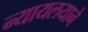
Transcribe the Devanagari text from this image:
न्यायलयाने